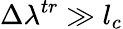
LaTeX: \Delta\lambda^{tr}\gg l_{c}